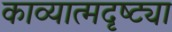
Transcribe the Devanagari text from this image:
काव्यात्मदृष्ट्या